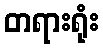
တရားရုံး